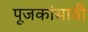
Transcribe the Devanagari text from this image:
पूजकांसाठी